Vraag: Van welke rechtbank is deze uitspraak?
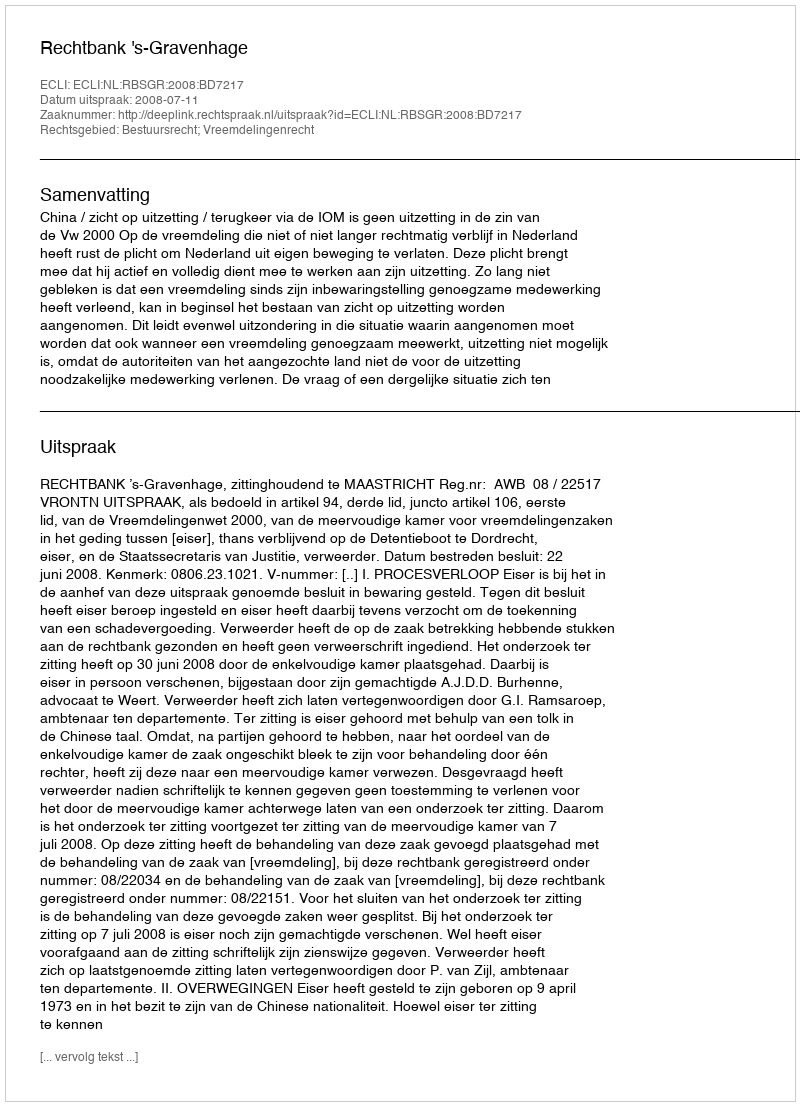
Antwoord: Rechtbank 's-Gravenhage